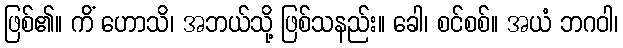
ဖြစ်၏။ ကိံ ဟောသိ၊ အဘယ်သို့ ဖြစ်သနည်း။ ခေါ၊ စင်စစ်။ အယံ ဘဂဝါ၊